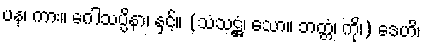
ပန၊ ကား။ ဂေါသပ္ပိနာ၊ နှင့်။ (သံသဋ္ဌံ၊ သော။ ဘတ္တံ၊ ကို၊) ဒေဟိ၊